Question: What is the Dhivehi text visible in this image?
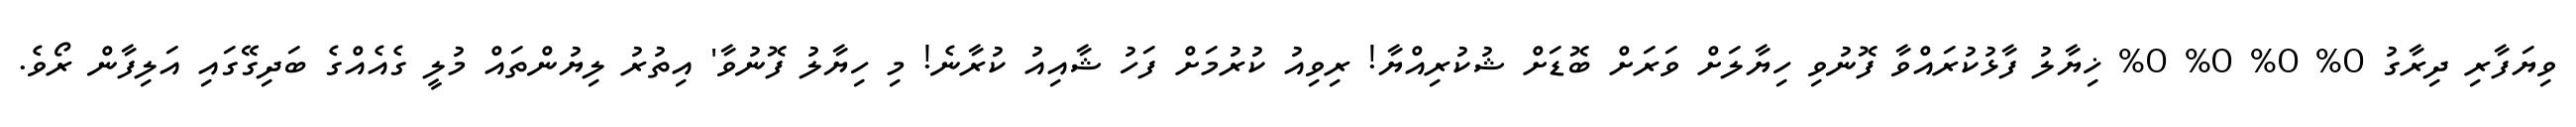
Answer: ވިޔަފާރި ދިރާގު 0% 0% 0% 0% ޚިޔާލު ފާޅުކުރައްވާ ފޮނުވި ހިޔާލަށް ވަރަށް ބޮޑަށް ޝުކުރިއްޔާ! ރިވިއު ކުރުމަށް ފަހު ޝާއިއު ކުރާނެ! މި ހިޔާލު ފޮނުވާ' އިތުރު ލިޔުންތައް މުލީ ގެއެއްގެ ބަދިގޭގައި އަލިފާން ރޯވެ.